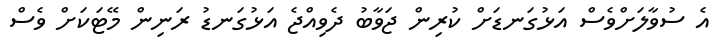
އެ ސުވާލަށްވެސް އަޅުގަނޑަށް ކުރިން ޖަވާބު ދެވިއްޖެ އަޅުގަނޑު ރަނިން މޭޓަކަށް ވެސް